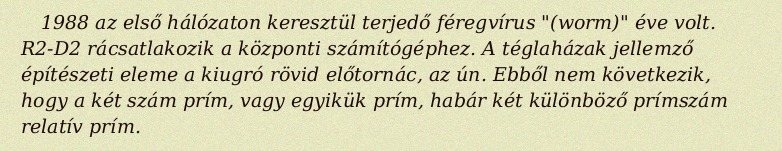
1988 az első hálózaton keresztül terjedő féregvírus "(worm)" éve volt. R2-D2 rácsatlakozik a központi számítógéphez. A téglaházak jellemző építészeti eleme a kiugró rövid előtornác, az ún. Ebből nem következik, hogy a két szám prím, vagy egyikük prím, habár két különböző prímszám relatív prím.